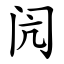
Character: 闶